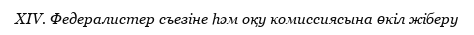
XIV. Федералистер съезіне һәм оқу комиссиясына өкіл жіберу